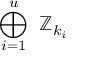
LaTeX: \bigoplus _ { i = 1 } ^ { u } \ \mathbb { Z } _ { k _ { i } }